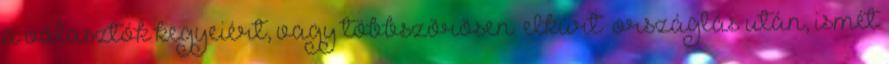
a választók kegyeiért, vagy többszörösen „elkúrt” országlás után, ismét